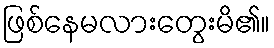
ဖြစ်နေမလားတွေးမိ၏။